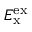
E _ { \mathrm { x } } ^ { \mathrm { e x } }